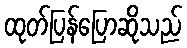
ထုတ်ပြန်ပြောဆိုသည်